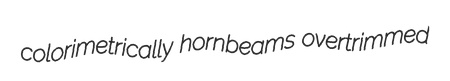
colorimetrically hornbeams overtrimmed